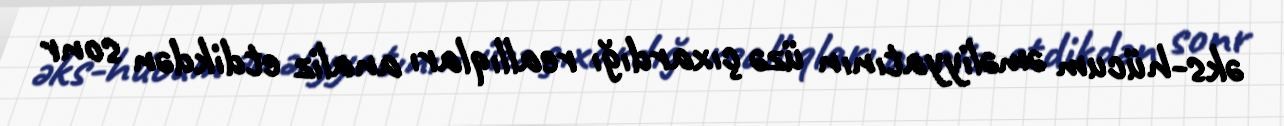
əks-hücum əməliyyatının üzə çıxardığı reallıqları analiz etdikdən sonr